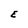
Character: E